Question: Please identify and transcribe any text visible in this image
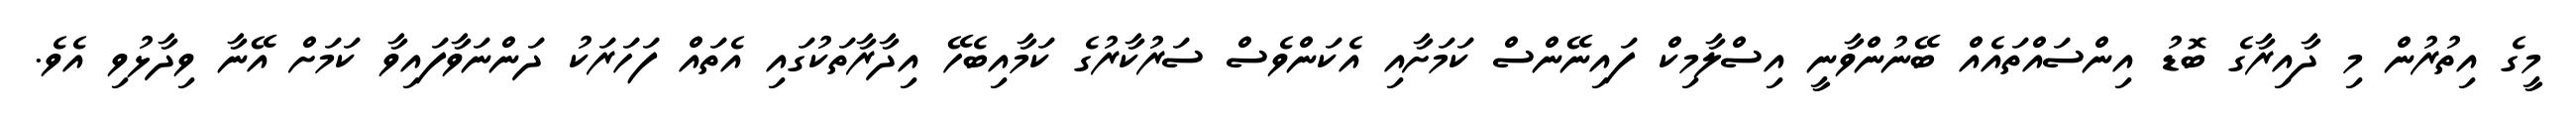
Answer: މީގެ އިތުރުން މި ދާއިރާގެ ބޮޑު އިންސައްތައެއް ބޭނުންވާނީ އިސްލާމިކް ފައިނޭންސް ކަމަށާއި އެކަންވެސް ސަރުކާރުގެ ކަމާއިބެހޭ އިދާރާތަކުގައި އެތައް ފަހަރަކު ދަންނަވާފައިވާ ކަމަށް އޭނާ ވިދާޅުވި އެވެ.